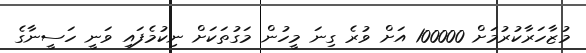
މުޒާހަރާކުރުމަށް 100000 އަށް ވުރެ ގިނަ މީހުން މަގުތަކަށް ނިކުމެފައި ވަނީ ހަސީނާގެ